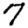
Digit: 7